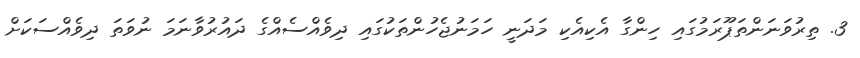
3. ތިރުވަނަންތަޕޫރަމުގައި ހިންގާ އެކިއެކި މަދަނީ ހަމަނުޖެހުންތަކުގައި ދިވެއްސެއްގެ ދައުރުވާނަމަ ނުވަތަ ދިވެއްސަކަށް